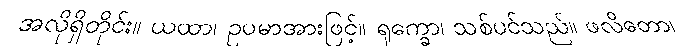
အလိုရှိတိုင်း။ ယထာ၊ ဥပမာအားဖြင့်။ ရုက္ခော၊ သစ်ပင်သည်။ ဖလိတော၊